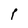
Character: p